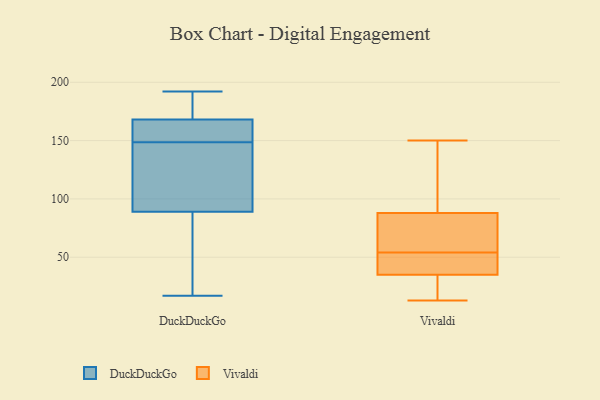
{"axis": {"x": "Customer Acquisition Cost (USD)", "y": "Value"}, "legend": ["DuckDuckGo", "Vivaldi"], "data": [{"x": "", "y": 155, "type": "DuckDuckGo"}, {"x": "", "y": 103, "type": "DuckDuckGo"}, {"x": "", "y": 159, "type": "DuckDuckGo"}, {"x": "", "y": 61, "type": "DuckDuckGo"}, {"x": "", "y": 89, "type": "DuckDuckGo"}, {"x": "", "y": 72, "type": "DuckDuckGo"}, {"x": "", "y": 142, "type": "DuckDuckGo"}, {"x": "", "y": 89, "type": "DuckDuckGo"}, {"x": "", "y": 188, "type": "DuckDuckGo"}, {"x": "", "y": 65, "type": "DuckDuckGo"}, {"x": "", "y": 164, "type": "DuckDuckGo"}, {"x": "", "y": 173, "type": "DuckDuckGo"}, {"x": "", "y": 17, "type": "DuckDuckGo"}, {"x": "", "y": 192, "type": "DuckDuckGo"}, {"x": "", "y": 168, "type": "DuckDuckGo"}, {"x": "", "y": 162, "type": "DuckDuckGo"}, {"x": "", "y": 190, "type": "DuckDuckGo"}, {"x": "", "y": 113, "type": "DuckDuckGo"}, {"x": "", "y": 67, "type": "Vivaldi"}, {"x": "", "y": 45, "type": "Vivaldi"}, {"x": "", "y": 35, "type": "Vivaldi"}, {"x": "", "y": 56, "type": "Vivaldi"}, {"x": "", "y": 88, "type": "Vivaldi"}, {"x": "", "y": 119, "type": "Vivaldi"}, {"x": "", "y": 34, "type": "Vivaldi"}, {"x": "", "y": 56, "type": "Vivaldi"}, {"x": "", "y": 52, "type": "Vivaldi"}, {"x": "", "y": 13, "type": "Vivaldi"}, {"x": "", "y": 91, "type": "Vivaldi"}, {"x": "", "y": 25, "type": "Vivaldi"}, {"x": "", "y": 46, "type": "Vivaldi"}, {"x": "", "y": 150, "type": "Vivaldi"}]}